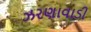
ઝરણાવાડી